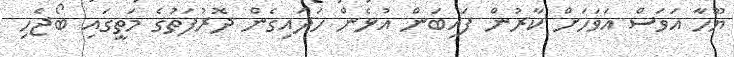
ޔޫހާ އަވަސް އަވަހަށް ކާރުން ފައިބަން އުޅެން ހަދައިގެން ދޮރުފަތުގެ މަތީގައި ބޯޖެހި